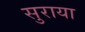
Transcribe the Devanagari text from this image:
सुराया